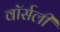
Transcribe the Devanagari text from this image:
वॉर्सली